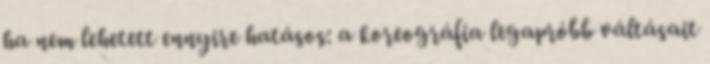
ha nem lehetett ennyire hatásos: a koreográfia legapróbb váltásait